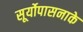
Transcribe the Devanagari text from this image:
सूर्योपासनाके